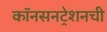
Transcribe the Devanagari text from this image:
कॉनसनट्रेशनची